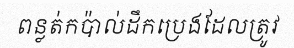
ពន្លត់កប៉ាល់ដឹកប្រេងដែលត្រូវ